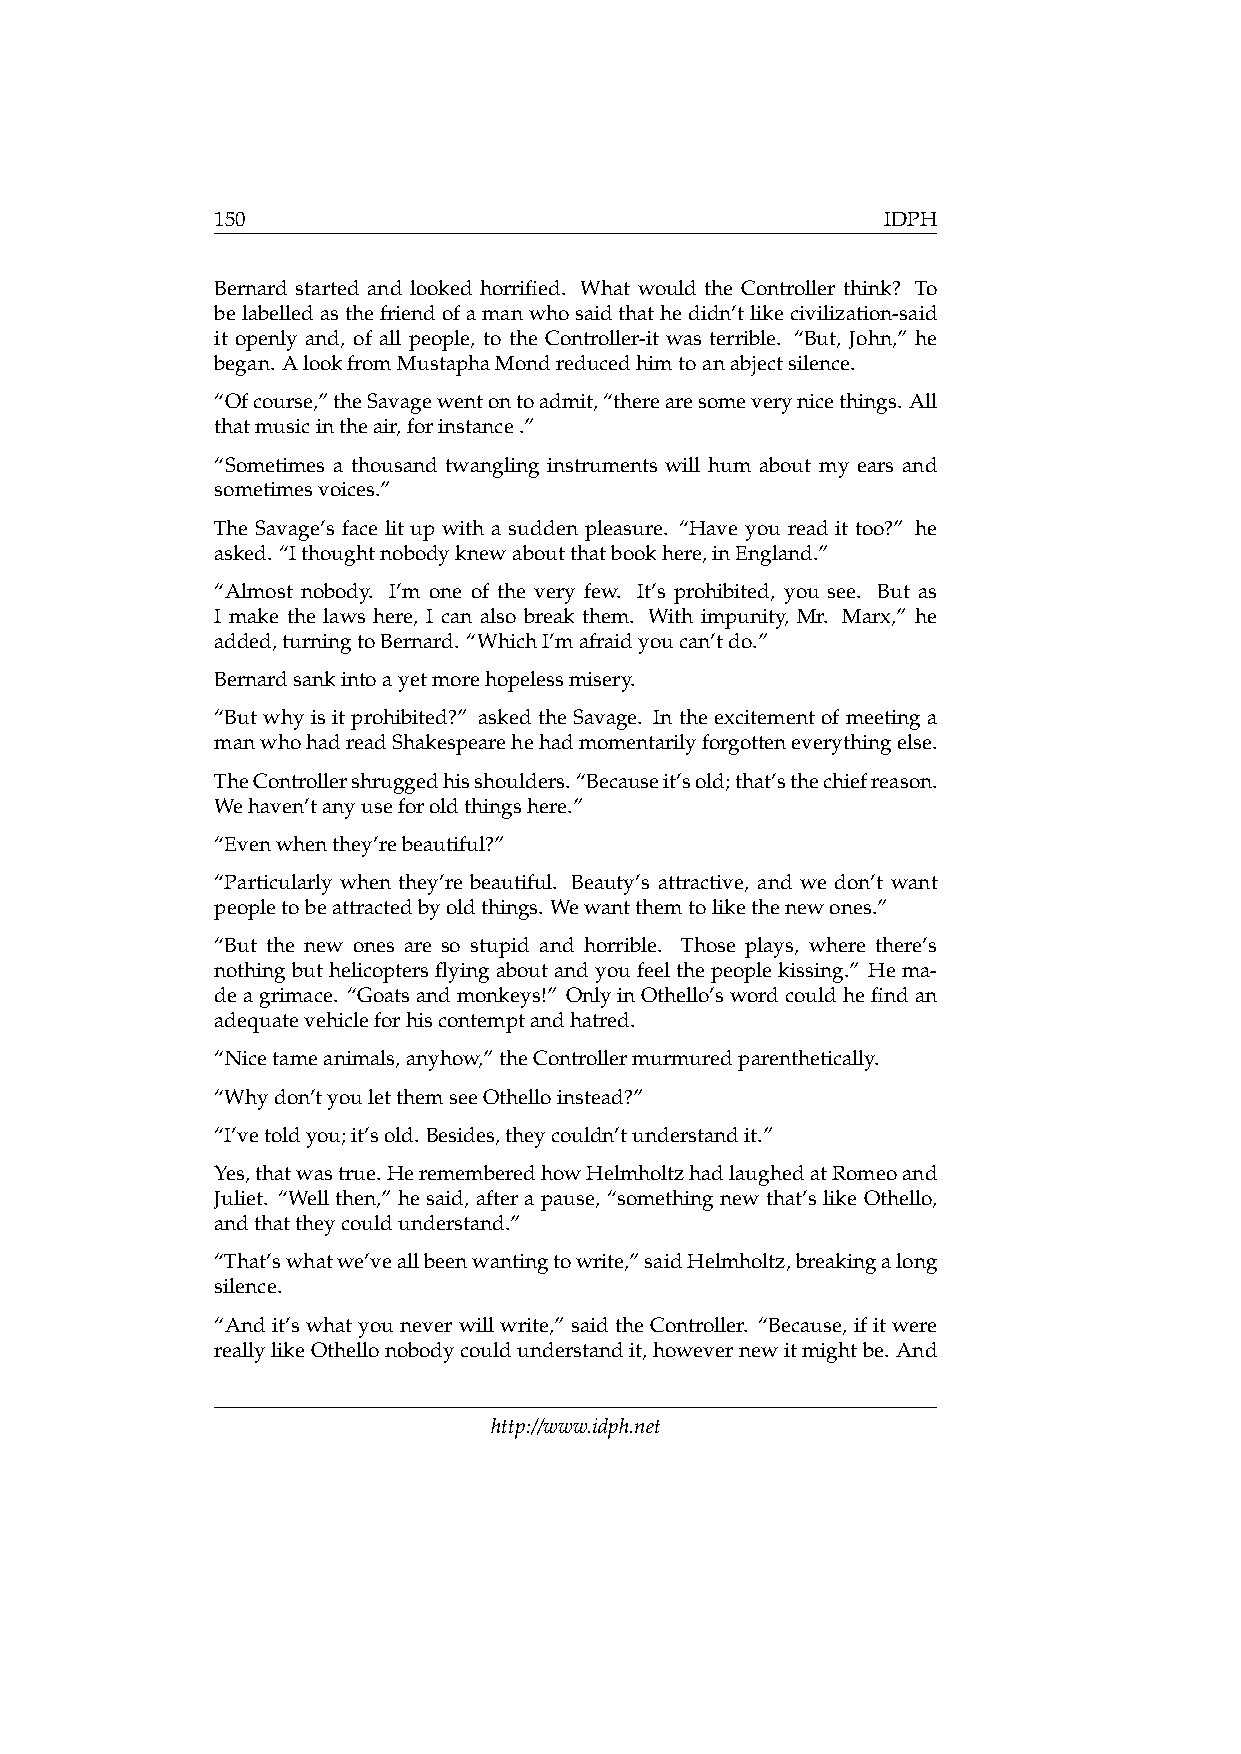
150                                          IDPH
 Bernard started and looked horrified. What would the Controller think? To
 belabelledasthefriendofamanwhosaidthathedidn’tlikecivilization-said
 it openly and, of all people, to the Controller-it was terrible. “But, John,” he
 began. AlookfromMustaphaMondreducedhimtoanabjectsilence.
 “Ofcourse,”theSavagewentontoadmit,“therearesomeverynicethings. All
 thatmusicintheair,forinstance.”
 “Sometimes a thousand twangling instruments will hum about my ears and
 sometimesvoices.”
 The Savage’s face lit up with a sudden pleasure. “Have you read it too?” he
 asked. “Ithoughtnobodyknewaboutthatbookhere,inEngland.”
 “Almost nobody. I’m one of the very few. It’s prohibited, you see. But as
 I make the laws here, I can also break them. With impunity, Mr. Marx,” he
 added,turningtoBernard. “WhichI’mafraidyoucan’tdo.”
 Bernardsankintoayetmorehopelessmisery.
 “But why is it prohibited?” asked the Savage. In the excitement of meeting a
 manwhohadreadShakespearehehadmomentarilyforgotteneverythingelse.
 TheControllershruggedhisshoulders.“Becauseit’sold;that’sthechiefreason.
 Wehaven’tanyuseforoldthingshere.”
 “Evenwhenthey’rebeautiful?”
 “Particularly when they’re beautiful. Beauty’s attractive, and we don’t want
 peopletobeattractedbyoldthings. Wewantthemtolikethenewones.”
 “But the new ones are so stupid and horrible. Those plays, where there’s
 nothingbuthelicoptersflyingaboutandyoufeelthepeoplekissing.” Hema-
 deagrimace. “Goatsandmonkeys!” OnlyinOthello’swordcouldhefindan
 adequatevehicleforhiscontemptandhatred.
 “Nicetameanimals,anyhow,”theControllermurmuredparenthetically.
 “Whydon’tyouletthemseeOthelloinstead?”
 “I’vetoldyou;it’sold. Besides,theycouldn’tunderstandit.”
 Yes,thatwastrue.HerememberedhowHelmholtzhadlaughedatRomeoand
 Juliet. “Well then,” he said, after a pause, “something new that’s like Othello,
 andthattheycouldunderstand.”
 “That’swhatwe’veallbeenwantingtowrite,”saidHelmholtz,breakingalong
 silence.
 “And it’s what you never will write,” said the Controller. “Because, if it were
 reallylikeOthellonobodycouldunderstandit,howevernewitmightbe. And
 http://www.idph.net